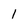
Character: 1